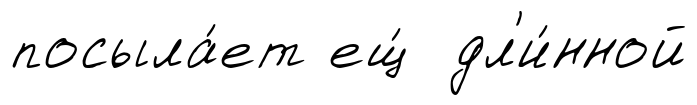
посыла́ет ещ́ дл'и́нной